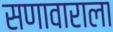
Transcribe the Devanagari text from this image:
सणावाराला